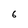
Character: 6